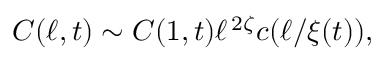
C ( \ell , t ) \sim C ( 1 , t ) \ell ^ { \, 2 \zeta } c ( \ell / \xi ( t ) ) ,